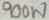
Text: 900W